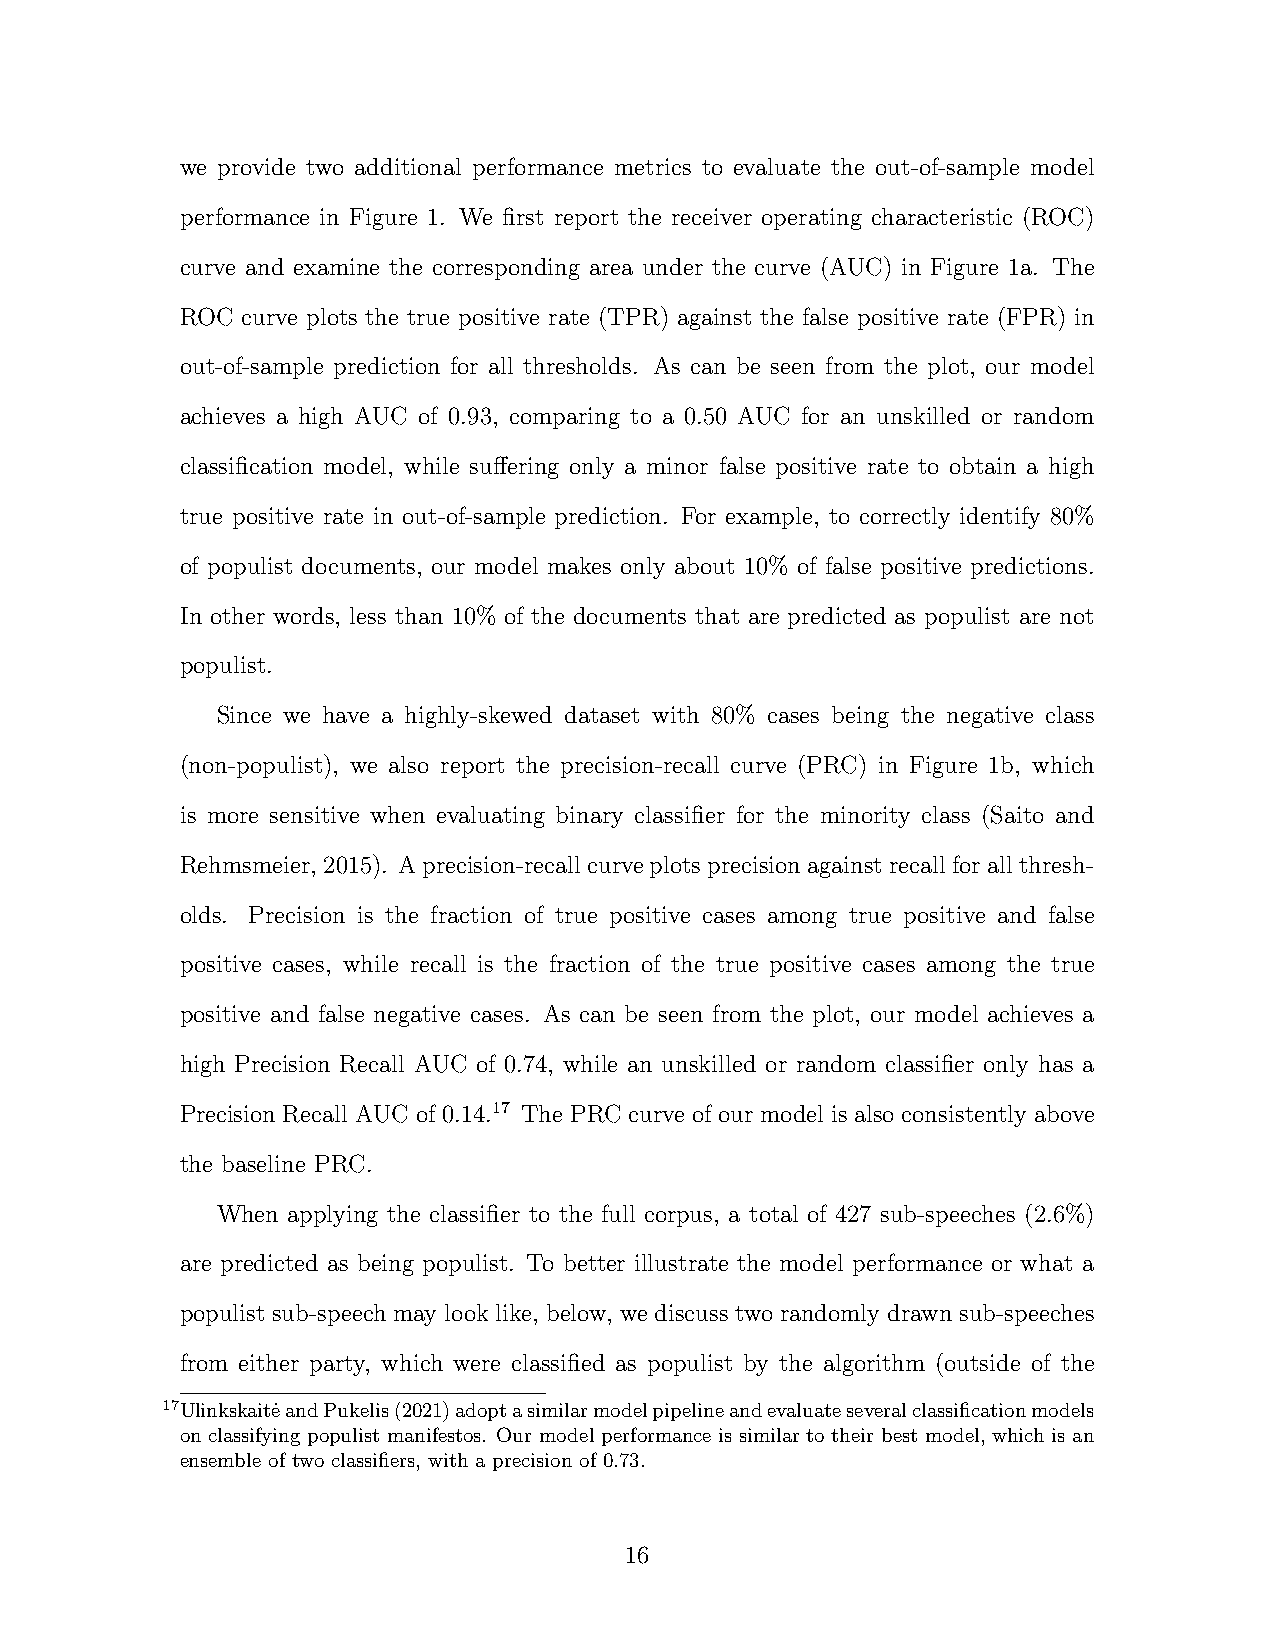
we provide two additional performance metrics to evaluate the out-of-sample model
 performance in Figure 1. We first report the receiver operating characteristic (ROC)
 curve and examine the corresponding area under the curve (AUC) in Figure 1a. The
 ROC curve plots the true positive rate (TPR) against the false positive rate (FPR) in
 out-of-sample prediction for all thresholds. As can be seen from the plot, our model
 achieves a high AUC of 0.93, comparing to a 0.50 AUC for an unskilled or random
 classification model, while suffering only a minor false positive rate to obtain a high
 true positive rate in out-of-sample prediction. For example, to correctly identify 80%
 of populist documents, our model makes only about 10% of false positive predictions.
 In other words, less than 10% of the documents that are predicted as populist are not
 populist.
 Since we have a highly-skewed dataset with 80% cases being the negative class
 (non-populist), we also report the precision-recall curve (PRC) in Figure 1b, which
 is more sensitive when evaluating binary classifier for the minority class (Saito and
 Rehmsmeier,2015). Aprecision-recallcurveplotsprecisionagainstrecallforallthresh-
 olds. Precision is the fraction of true positive cases among true positive and false
 positive cases, while recall is the fraction of the true positive cases among the true
 positive and false negative cases. As can be seen from the plot, our model achieves a
 high Precision Recall AUC of 0.74, while an unskilled or random classifier only has a
 Precision Recall AUC of 0.14.17 The PRC curve of our model is also consistently above
 the baseline PRC.
 When applying the classifier to the full corpus, a total of 427 sub-speeches (2.6%)
 are predicted as being populist. To better illustrate the model performance or what a
 populist sub-speech may look like, below, we discuss two randomly drawn sub-speeches
 from either party, which were classified as populist by the algorithm (outside of the
 17Ulinkskaite˙ andPukelis(2021)adoptasimilarmodelpipelineandevaluateseveralclassificationmodels
 on classifying populist manifestos. Our model performance is similar to their best model, which is an
 ensemble of two classifiers, with a precision of 0.73.
 16